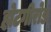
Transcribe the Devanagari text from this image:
होटगीरोड